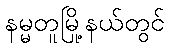
နမ္မတူမြို့နယ်တွင်